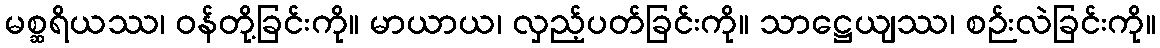
မစ္ဆရိယဿ၊ ဝန်တို့ခြင်းကို။ မာယာယ၊ လှည့်ပတ်ခြင်းကို။ သာဋ္ဌေယျဿ၊ စဉ်းလဲခြင်းကို။